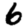
Digit: 6